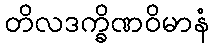
တိလဒက္ခိဏဝိမာနံ